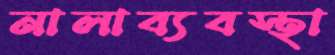
নালাব্যবস্থা